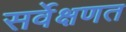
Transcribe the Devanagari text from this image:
सर्वेक्षणत